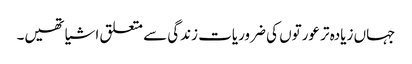
جہاں زیادہ تر عورتوں کی ضروریات زندگی سے متعلق اشیا تھیں۔